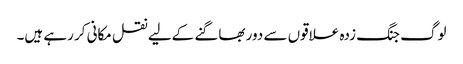
لوگ جنگ زدہ علاقوں سے دور بھاگنے کےلیے نقل مکانی کر رہے ہیں۔